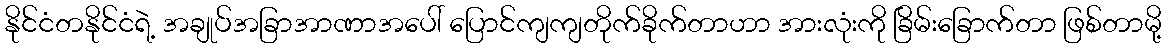
နိုင်ငံတနိုင်ငံရဲ့ အချုပ်အခြာအာဏာအပေါ် ပြောင်ကျကျတိုက်ခိုက်တာဟာ အားလုံးကို ခြိမ်းခြောက်တာ ဖြစ်တာမို့